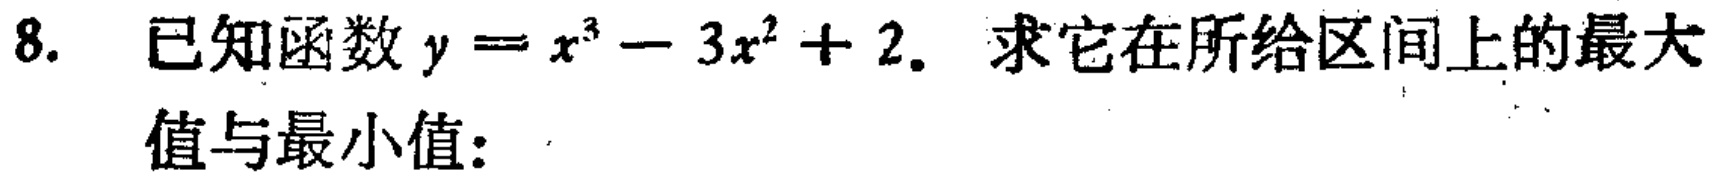
8. 已知函数\(y = x^{3}-3x^{2}+2\). 求它在所给区间上的最大值与最小值：